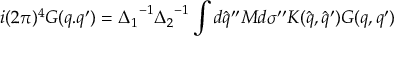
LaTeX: i ( 2 \pi ) ^ { 4 } G ( q . q ^ { \prime } ) = { \Delta _ { 1 } } ^ { - 1 } { \Delta _ { 2 } } ^ { - 1 } \int d { \hat { q } } ^ { \prime \prime } M d { \sigma } ^ { \prime \prime } K ( { \hat { q } } , { \hat { q } ^ { \prime } } ) G ( q , q ^ { \prime } )